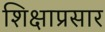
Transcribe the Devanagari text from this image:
शिक्षाप्रसार